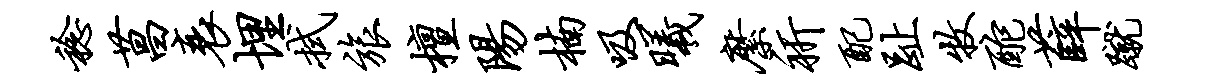
稔菖衰埋拭旅檀阳楠吸曦縻祈配趾牧酡薛蹴